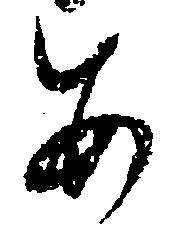
あ